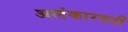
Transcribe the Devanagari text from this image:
अलंकारवती